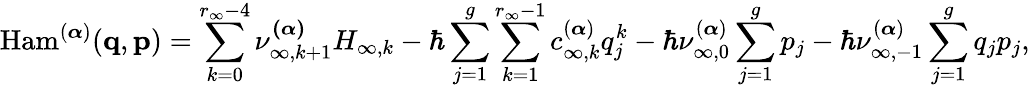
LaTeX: \mathrm{Ham}^{(\boldsymbol{\alpha})}(\mathbf{q},\mathbf{p})=\sum_{k=0}^{r_{\infty}-4}\nu_{\infty,k+1}^{\boldsymbol{(\alpha)}}H_{\infty,k}-\hbar\sum_{j=1}^{g}\sum_{k=1}^{r_{\infty}-1}c_{\infty,k}^{(\boldsymbol{\alpha})}q_{j}^{k}-\hbar\nu_{\infty,0}^{(\boldsymbol{\alpha})}\sum_{j=1}^{g}p_{j}-\hbar\nu_{\infty,-1}^{(\boldsymbol{\alpha})}\sum_{j=1}^{g}q_{j}p_{j},